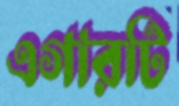
এগারটি